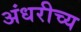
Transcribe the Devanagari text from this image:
अंधरीच्य